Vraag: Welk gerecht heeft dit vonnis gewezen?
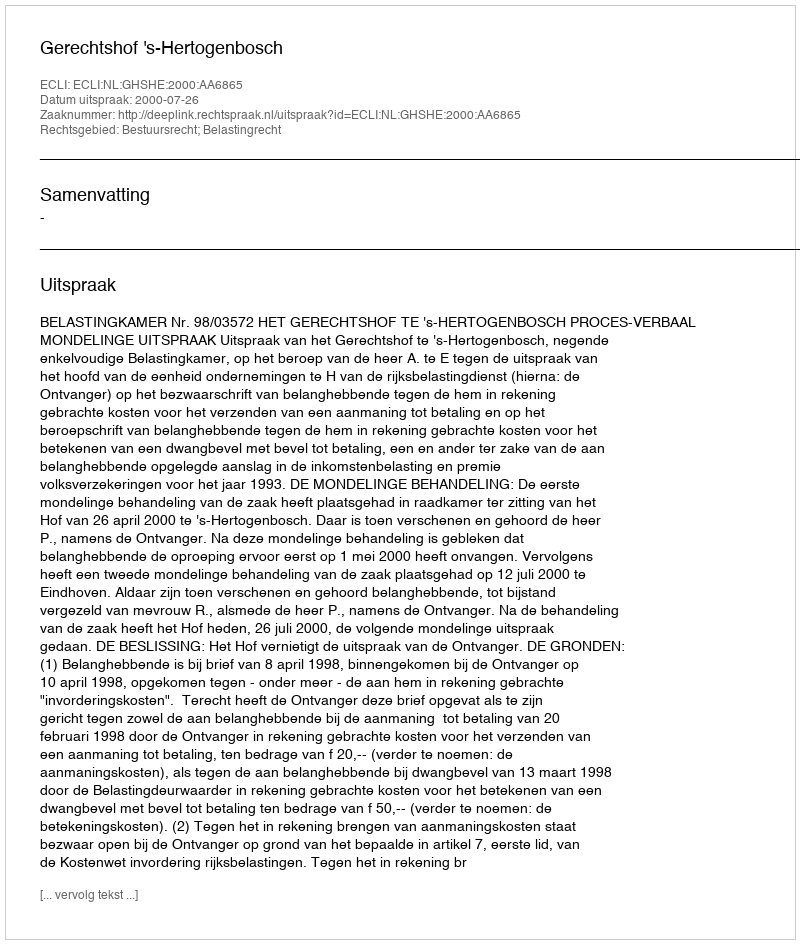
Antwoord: Gerechtshof 's-Hertogenbosch